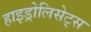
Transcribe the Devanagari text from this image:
हाइड्रोलिसेट्स